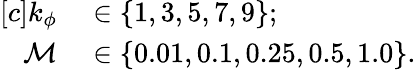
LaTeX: \begin{array}{rl}{[c]k_{\phi}}&{{}\in\{ 1,3,5,7,9\} ;}\\ {\mathcal{M}}&{{}\in\{ 0.01,0.1,0.25,0.5,1.0\} .}\end{array}